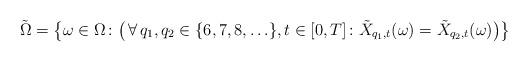
LaTeX: \begin{align*} &\tilde{\Omega} = \big\{ \omega \in \Omega \colon \big( \, \forall \, q_1, q_2 \in \{ 6,7,8, \ldots \}, t \in [0,T] \colon \tilde{X}_{q_1,t}(\omega) = \tilde{X}_{q_2,t}(\omega) \big) \big\}\end{align*}